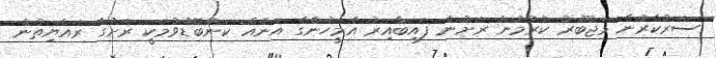
ސަރުކާރުން މަޖުބޫރު ކުރުމުން ރަށުން ފައިބާއިރު އެމީހުންގެ އަނެއް ކަންބޮޑުވުމަކީ ރަށުގެ ރައްޔިތުން